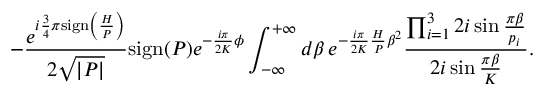
- \frac { e ^ { i \frac { 3 } { 4 } \pi \mathrm { s i g n } \left( \frac { H } { P } \right) } } { 2 \sqrt { | P | } } \mathrm { s i g n } ( P ) e ^ { - \frac { i \pi } { 2 K } \phi } \int _ { - \infty } ^ { + \infty } d \beta \, e ^ { - \frac { i \pi } { 2 K } \frac { H } { P } \beta ^ { 2 } } \frac { \prod _ { i = 1 } ^ { 3 } 2 i \sin \frac { \pi \beta } { p _ { i } } } { 2 i \sin \frac { \pi \beta } { K } } .